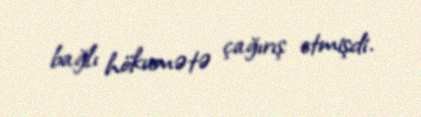
bağlı hökumətə çağırış etmişdi.